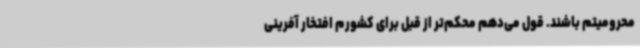
محرومیتم باشند. قول می‌دهم محکم‌تر از قبل برای کشورم افتخار آفرینی